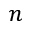
n